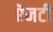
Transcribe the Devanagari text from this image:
ऍनटी